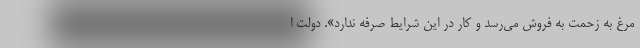
مرغ به زحمت به فروش می‌رسد و کار در این شرایط صرفه ندارد». دولت ا